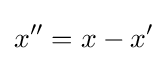
x''=x-x'